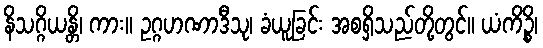
နိသဂ္ဂိယန္တိ၊ ကား။ ဥဂ္ဂဟဏာဒီသု၊ ခံယူခြင်း အစရှိသည်တို့တွင်။ ယံကိဉ္စိ၊